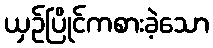
ယှဉ်ပြိုင်ကစားခဲ့သော